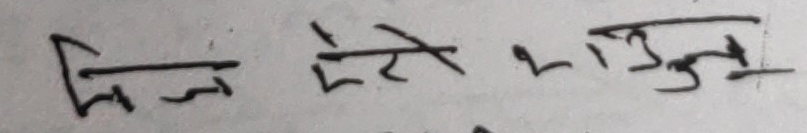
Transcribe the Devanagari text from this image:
लिने मेरे लागि